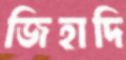
জিহাদি